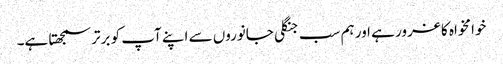
خوامخواہ کا غرور ہے اور ہم سب جنگلی جانوروں سے اپنے آپ کو برتر سمجھتا ہے۔